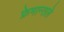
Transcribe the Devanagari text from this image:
फ्रेमान्तले